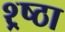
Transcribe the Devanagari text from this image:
श्र्ष्ठा